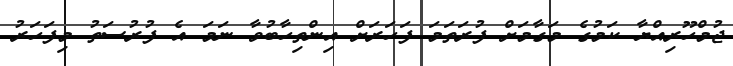
ޖުމްހޫރިއްޔާ ކަމުގެ މަގާމަށް ފުރަތަމަ ފަހަރަށް އިންތިހާބުވާ ނަމަ އެ ފުރުސަތު މިފަހަރު